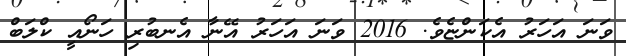
ވަނަ އަހަރު އެކަންޏެވެ. 2016 ވަނަ އަހަރު އޭނާ އެނބުރި ހަނޯއީ ކްލަބް